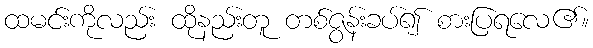
ထမင်းကိုလည်း ထိုနည်းတူ တစ်ဇွန်းခပ်၍ စားပြရလေ၏။